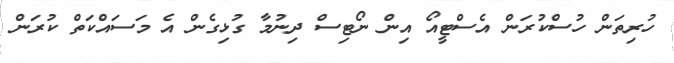
ހުރިތަން ހުސްކުރަން އެސްޓީއޯ އިން ނޯޓިސް ދިނުމާ ގުޅިގެން އެ މަސައްކަތް ކުރަން